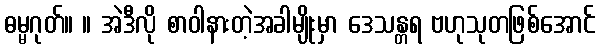
ဓမ္မဂုတ်။ ။ အဲဒီလို စာဝါနားတဲ့အခါမျိုးမှာ ဒေသန္တရ ဗဟုသုတဖြစ်အောင်